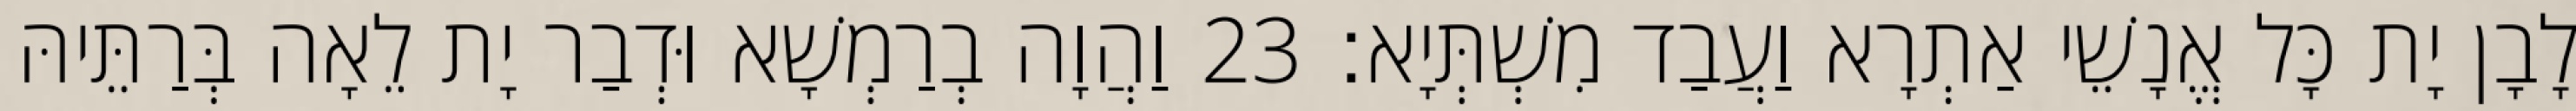
לָבָן יָת כָּל אֱנָשֵׁי אַתְרָא וַעֲבַד מִשְׁתְּיָא׃ 23 וַהֲוָה בְרַמְשָׁא וּדְבַר יָת לֵאָה בְּרַתֵּיהּ